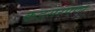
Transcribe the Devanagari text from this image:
कडसरपणा